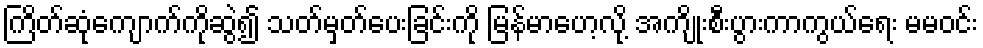
ကြိတ်ဆုံကျောက်ကိုဆွဲ၍ သတ်မှတ်ပေးခြင်းကို မြန်မာဟေ့လို့ အကျိုးစီးပွားကာကွယ်ရေး မမဝင်း